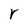
Character: r